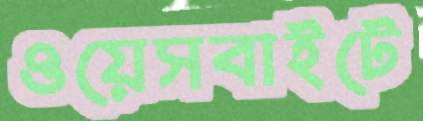
ওয়েসবাইটে